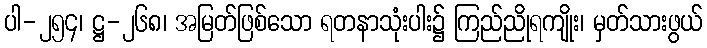
ပါ-၂၅၄၊ ဋ္ဌ-၂၆၈၊ အမြတ်ဖြစ်သော ရတနာသုံးပါး၌ ကြည်ညိုရကျိုး၊ မှတ်သားဖွယ်